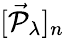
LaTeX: [\vec{\mathcal{P}}_{\lambda}]_{n}